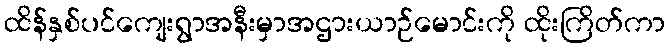
ထိန်နှစ်ပင်ကျေးရွာအနီးမှာအဌားယာဉ်မောင်းကို ထိုးကြိတ်ကာ